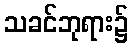
သခင်ဘုရား၌